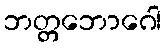
ဘတ္တဘောဂေါ